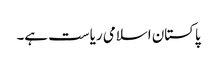
پاکستان اسلامی ریاست ہے۔